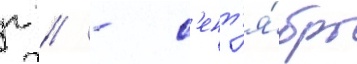
г // - с'ент'я́брь